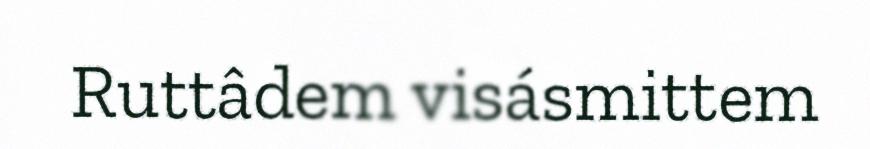
Ruttâdem visásmittem